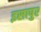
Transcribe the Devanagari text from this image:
इसापुर